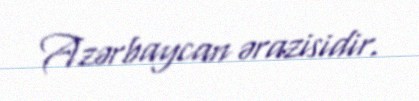
Azərbaycan ərazisidir.